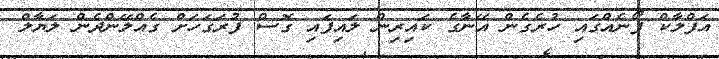
އަފްލާކް ފޯނެއްގައި ހުރެގެން އޭނާގެ ކައިރިން ލައިފައި ގޮސް ފުރަގަހަށް ގެއްލޭންދެން ލަޔާލް